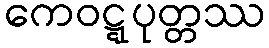
ကေဝဋ္ဋပုတ္တဿ